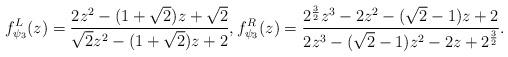
LaTeX: \begin{align*} f_{\psi_3}^L(z) =\frac{2z^2-(1+\sqrt{2})z+\sqrt{2}}{\sqrt{2}z^2-(1+\sqrt{2})z+2},f_{\psi_3}^R(z) =\frac{2^{\frac{3}{2}}z^3 - 2z^{2} - (\sqrt{2}-1)z + 2}{2z^3-(\sqrt{2}-1)z^2-2z+2^{\frac{3}{2}}}.\end{align*}